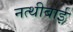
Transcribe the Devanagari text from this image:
नत्थीबाई